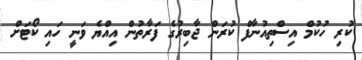
ކުރި ހުކުމް އިސްތިއުނާފް ކުރަން ޖާބިރުގެ ފަރާތުން އިއްޔެ ވަނީ ހައި ކޯޓަށް